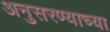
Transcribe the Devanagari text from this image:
अनुसरण्याच्या